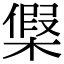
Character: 𣘟